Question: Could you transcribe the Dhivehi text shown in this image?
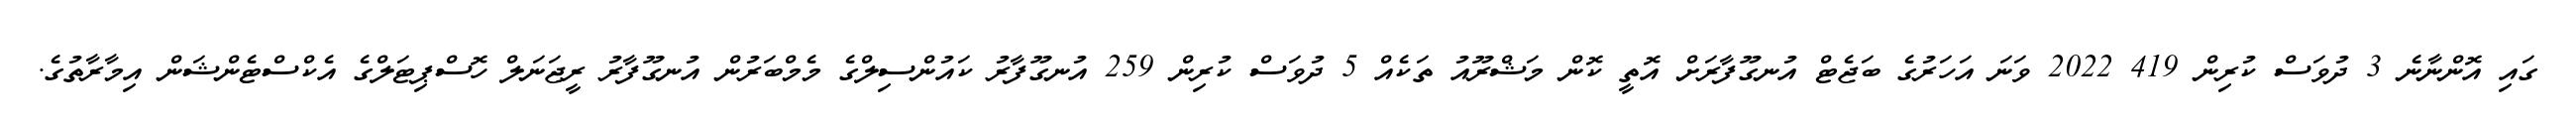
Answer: ގައި އޮންނާނެ 3 ދުވަސް ކުރިން 419 2022 ވަނަ އަހަރުގެ ބަޖެޓް އުނގޫފާރަށް އޮތީ ކޮން މަޝްރޫއު ތަކެއް 5 ދުވަސް ކުރިން 259 އުނގޫފާރު ކައުންސިލްގެ މެމްބަރުން އުނގޫފާރު ރީޖަނަލް ހޮސްޕިޓަލްގެ އެކްސްޓެންޝަން އިމާރާތުގެ.